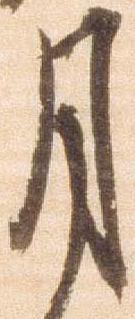
月